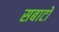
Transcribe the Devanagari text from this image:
सबाटो